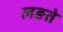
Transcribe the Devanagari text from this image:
लङते